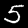
Label: 5